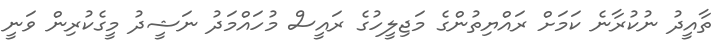
ތާއީދު ނުކުރާނެ ކަމަށް ރައްޔިތުންގެ މަޖިލީހުގެ ރައީސް މުހައްމަދު ނަޝީދު މީގެކުރިން ވަނީ